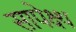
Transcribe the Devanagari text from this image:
सापेक्ष्थ